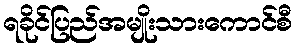
ရခိုင်ပြည်အမျိုးသားကောင်စီ